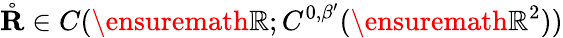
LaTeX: \mathring{\mathbf{R}}\in C(\ensuremath{\mathbb{R}};C^{0,\beta^{\prime}}(\ensuremath{\mathbb{R}}^{2}))